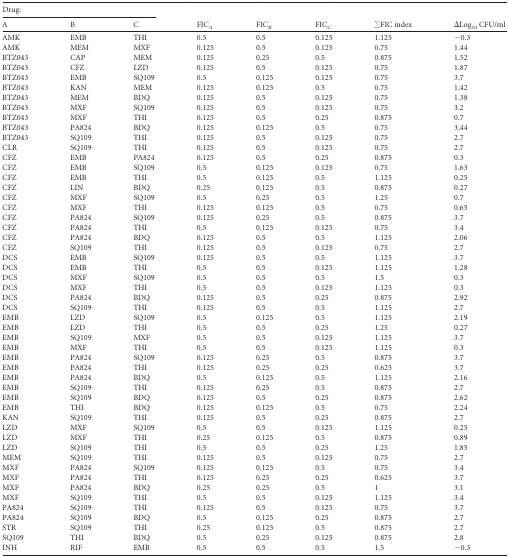
<table><thead><tr><td colspan="3"><b>Drug:</b></td><td rowspan="2"><b>FIC<i><sub>A</sub></i></b></td><td rowspan="2"><b>FIC<i><sub>B</sub></i></b></td><td rowspan="2"><b>FIC<i><sub>C</sub></i></b></td><td rowspan="2"><b>∑FIC index</b></td><td rowspan="2"><b>ΔLog<sub>10</sub> CFU/ml</b></td></tr><tr><td><b>A</b></td><td><b>B</b></td><td><b>C</b></td></tr></thead><tbody><tr><td>AMK</td><td>EMB</td><td>THI</td><td>0.5</td><td>0.5</td><td>0.125</td><td>1.125</td><td>−0.3</td></tr><tr><td>AMK</td><td>MEM</td><td>MXF</td><td>0.125</td><td>0.5</td><td>0.125</td><td>0.75</td><td>1.44</td></tr><tr><td>BTZ043</td><td>CAP</td><td>MEM</td><td>0.125</td><td>0.25</td><td>0.5</td><td>0.875</td><td>1.52</td></tr><tr><td>BTZ043</td><td>CFZ</td><td>LZD</td><td>0.125</td><td>0.5</td><td>0.125</td><td>0.75</td><td>1.87</td></tr><tr><td>BTZ043</td><td>EMB</td><td>SQ109</td><td>0.5</td><td>0.125</td><td>0.125</td><td>0.75</td><td>3.7</td></tr><tr><td>BTZ043</td><td>KAN</td><td>MEM</td><td>0.125</td><td>0.125</td><td>0.5</td><td>0.75</td><td>1.42</td></tr><tr><td>BTZ043</td><td>MEM</td><td>BDQ</td><td>0.125</td><td>0.5</td><td>0.125</td><td>0.75</td><td>1.38</td></tr><tr><td>BTZ043</td><td>MXF</td><td>SQ109</td><td>0.125</td><td>0.5</td><td>0.125</td><td>0.75</td><td>3.2</td></tr><tr><td>BTZ043</td><td>MXF</td><td>THI</td><td>0.125</td><td>0.5</td><td>0.25</td><td>0.875</td><td>0.7</td></tr><tr><td>BTZ043</td><td>PA824</td><td>BDQ</td><td>0.125</td><td>0.125</td><td>0.5</td><td>0.75</td><td>3.44</td></tr><tr><td>BTZ043</td><td>SQ109</td><td>THI</td><td>0.125</td><td>0.5</td><td>0.125</td><td>0.75</td><td>2.7</td></tr><tr><td>CLR</td><td>SQ109</td><td>THI</td><td>0.125</td><td>0.5</td><td>0.125</td><td>0.75</td><td>2.7</td></tr><tr><td>CFZ</td><td>EMB</td><td>PA824</td><td>0.125</td><td>0.5</td><td>0.25</td><td>0.875</td><td>0.3</td></tr><tr><td>CFZ</td><td>EMB</td><td>SQ109</td><td>0.5</td><td>0.125</td><td>0.125</td><td>0.75</td><td>1.63</td></tr><tr><td>CFZ</td><td>EMB</td><td>THI</td><td>0.5</td><td>0.125</td><td>0.5</td><td>1.125</td><td>0.25</td></tr><tr><td>CFZ</td><td>LIN</td><td>BDQ</td><td>0.25</td><td>0.125</td><td>0.5</td><td>0.875</td><td>0.27</td></tr><tr><td>CFZ</td><td>MXF</td><td>SQ109</td><td>0.5</td><td>0.25</td><td>0.5</td><td>1.25</td><td>0.7</td></tr><tr><td>CFZ</td><td>MXF</td><td>THI</td><td>0.125</td><td>0.125</td><td>0.5</td><td>0.75</td><td>0.65</td></tr><tr><td>CFZ</td><td>PA824</td><td>SQ109</td><td>0.125</td><td>0.25</td><td>0.5</td><td>0.875</td><td>3.7</td></tr><tr><td>CFZ</td><td>PA824</td><td>THI</td><td>0.5</td><td>0.125</td><td>0.125</td><td>0.75</td><td>3.4</td></tr><tr><td>CFZ</td><td>PA824</td><td>BDQ</td><td>0.125</td><td>0.5</td><td>0.5</td><td>1.125</td><td>2.06</td></tr><tr><td>CFZ</td><td>SQ109</td><td>THI</td><td>0.125</td><td>0.5</td><td>0.125</td><td>0.75</td><td>2.7</td></tr><tr><td>DCS</td><td>EMB</td><td>SQ109</td><td>0.125</td><td>0.5</td><td>0.5</td><td>1.125</td><td>3.7</td></tr><tr><td>DCS</td><td>EMB</td><td>THI</td><td>0.5</td><td>0.5</td><td>0.125</td><td>1.125</td><td>1.28</td></tr><tr><td>DCS</td><td>MXF</td><td>SQ109</td><td>0.5</td><td>0.5</td><td>0.5</td><td>1.5</td><td>0.3</td></tr><tr><td>DCS</td><td>MXF</td><td>THI</td><td>0.5</td><td>0.5</td><td>0.125</td><td>1.125</td><td>0.3</td></tr><tr><td>DCS</td><td>PA824</td><td>BDQ</td><td>0.125</td><td>0.5</td><td>0.25</td><td>0.875</td><td>2.92</td></tr><tr><td>DCS</td><td>SQ109</td><td>THI</td><td>0.125</td><td>0.5</td><td>0.5</td><td>1.125</td><td>2.7</td></tr><tr><td>EMB</td><td>LZD</td><td>SQ109</td><td>0.5</td><td>0.125</td><td>0.5</td><td>1.125</td><td>2.19</td></tr><tr><td>EMB</td><td>LZD</td><td>THI</td><td>0.5</td><td>0.5</td><td>0.25</td><td>1.25</td><td>0.27</td></tr><tr><td>EMB</td><td>SQ109</td><td>MXF</td><td>0.5</td><td>0.5</td><td>0.125</td><td>1.125</td><td>3.7</td></tr><tr><td>EMB</td><td>MXF</td><td>THI</td><td>0.5</td><td>0.5</td><td>0.125</td><td>1.125</td><td>0.3</td></tr><tr><td>EMB</td><td>PA824</td><td>SQ109</td><td>0.125</td><td>0.25</td><td>0.5</td><td>0.875</td><td>3.7</td></tr><tr><td>EMB</td><td>PA824</td><td>THI</td><td>0.125</td><td>0.25</td><td>0.25</td><td>0.625</td><td>3.7</td></tr><tr><td>EMB</td><td>PA824</td><td>BDQ</td><td>0.5</td><td>0.125</td><td>0.5</td><td>1.125</td><td>2.16</td></tr><tr><td>EMB</td><td>SQ109</td><td>THI</td><td>0.125</td><td>0.25</td><td>0.5</td><td>0.875</td><td>2.7</td></tr><tr><td>EMB</td><td>SQ109</td><td>BDQ</td><td>0.125</td><td>0.5</td><td>0.25</td><td>0.875</td><td>2.62</td></tr><tr><td>EMB</td><td>THI</td><td>BDQ</td><td>0.125</td><td>0.125</td><td>0.5</td><td>0.75</td><td>2.24</td></tr><tr><td>KAN</td><td>SQ109</td><td>THI</td><td>0.125</td><td>0.5</td><td>0.25</td><td>0.875</td><td>2.7</td></tr><tr><td>LZD</td><td>MXF</td><td>SQ109</td><td>0.5</td><td>0.5</td><td>0.125</td><td>1.125</td><td>0.25</td></tr><tr><td>LZD</td><td>MXF</td><td>THI</td><td>0.25</td><td>0.125</td><td>0.5</td><td>0.875</td><td>0.89</td></tr><tr><td>LZD</td><td>SQ109</td><td>THI</td><td>0.5</td><td>0.5</td><td>0.25</td><td>1.25</td><td>1.85</td></tr><tr><td>MEM</td><td>SQ109</td><td>THI</td><td>0.125</td><td>0.5</td><td>0.125</td><td>0.75</td><td>2.7</td></tr><tr><td>MXF</td><td>PA824</td><td>SQ109</td><td>0.125</td><td>0.125</td><td>0.5</td><td>0.75</td><td>3.4</td></tr><tr><td>MXF</td><td>PA824</td><td>THI</td><td>0.125</td><td>0.25</td><td>0.25</td><td>0.625</td><td>3.7</td></tr><tr><td>MXF</td><td>PA824</td><td>BDQ</td><td>0.25</td><td>0.25</td><td>0.5</td><td>1</td><td>3.1</td></tr><tr><td>MXF</td><td>SQ109</td><td>THI</td><td>0.5</td><td>0.5</td><td>0.125</td><td>1.125</td><td>3.4</td></tr><tr><td>PA824</td><td>SQ109</td><td>THI</td><td>0.125</td><td>0.5</td><td>0.125</td><td>0.75</td><td>3.7</td></tr><tr><td>PA824</td><td>SQ109</td><td>BDQ</td><td>0.5</td><td>0.125</td><td>0.25</td><td>0.875</td><td>2.7</td></tr><tr><td>STR</td><td>SQ109</td><td>THI</td><td>0.25</td><td>0.125</td><td>0.5</td><td>0.875</td><td>2.7</td></tr><tr><td>SQ109</td><td>THI</td><td>BDQ</td><td>0.5</td><td>0.25</td><td>0.125</td><td>0.875</td><td>2.8</td></tr><tr><td>INH</td><td>RIF</td><td>EMB</td><td>0.5</td><td>0.5</td><td>0.5</td><td>1.5</td><td>−0.3</td></tr></tbody></table>